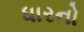
ધારનો